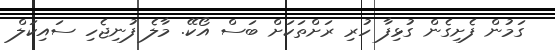
ގަމުން ފެށިގެން ގުޅިފާ ހުރި ރަށްތަކަށް ބަސް އޯކޭ. މާލެ ފުނިޖެހި ސައިކަލް